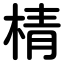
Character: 棈